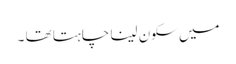
میں سکون لینا چاہتا تھا ۔